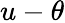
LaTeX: u-\theta